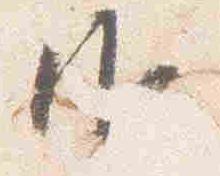
御